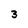
Character: 3